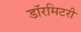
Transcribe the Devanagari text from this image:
डॉरमिटरी